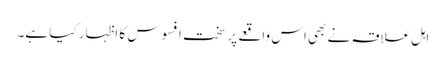
اہل علاقہ نے بھی اس واقعے پر سخت افسوس کا اظہار کیا ہے۔